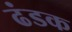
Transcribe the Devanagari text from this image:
ढंडक